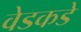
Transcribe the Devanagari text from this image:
वेडकडे